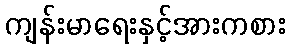
ကျန်းမာရေးနှင့်အားကစား